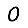
Digit: 0